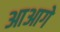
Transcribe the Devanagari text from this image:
आआगे